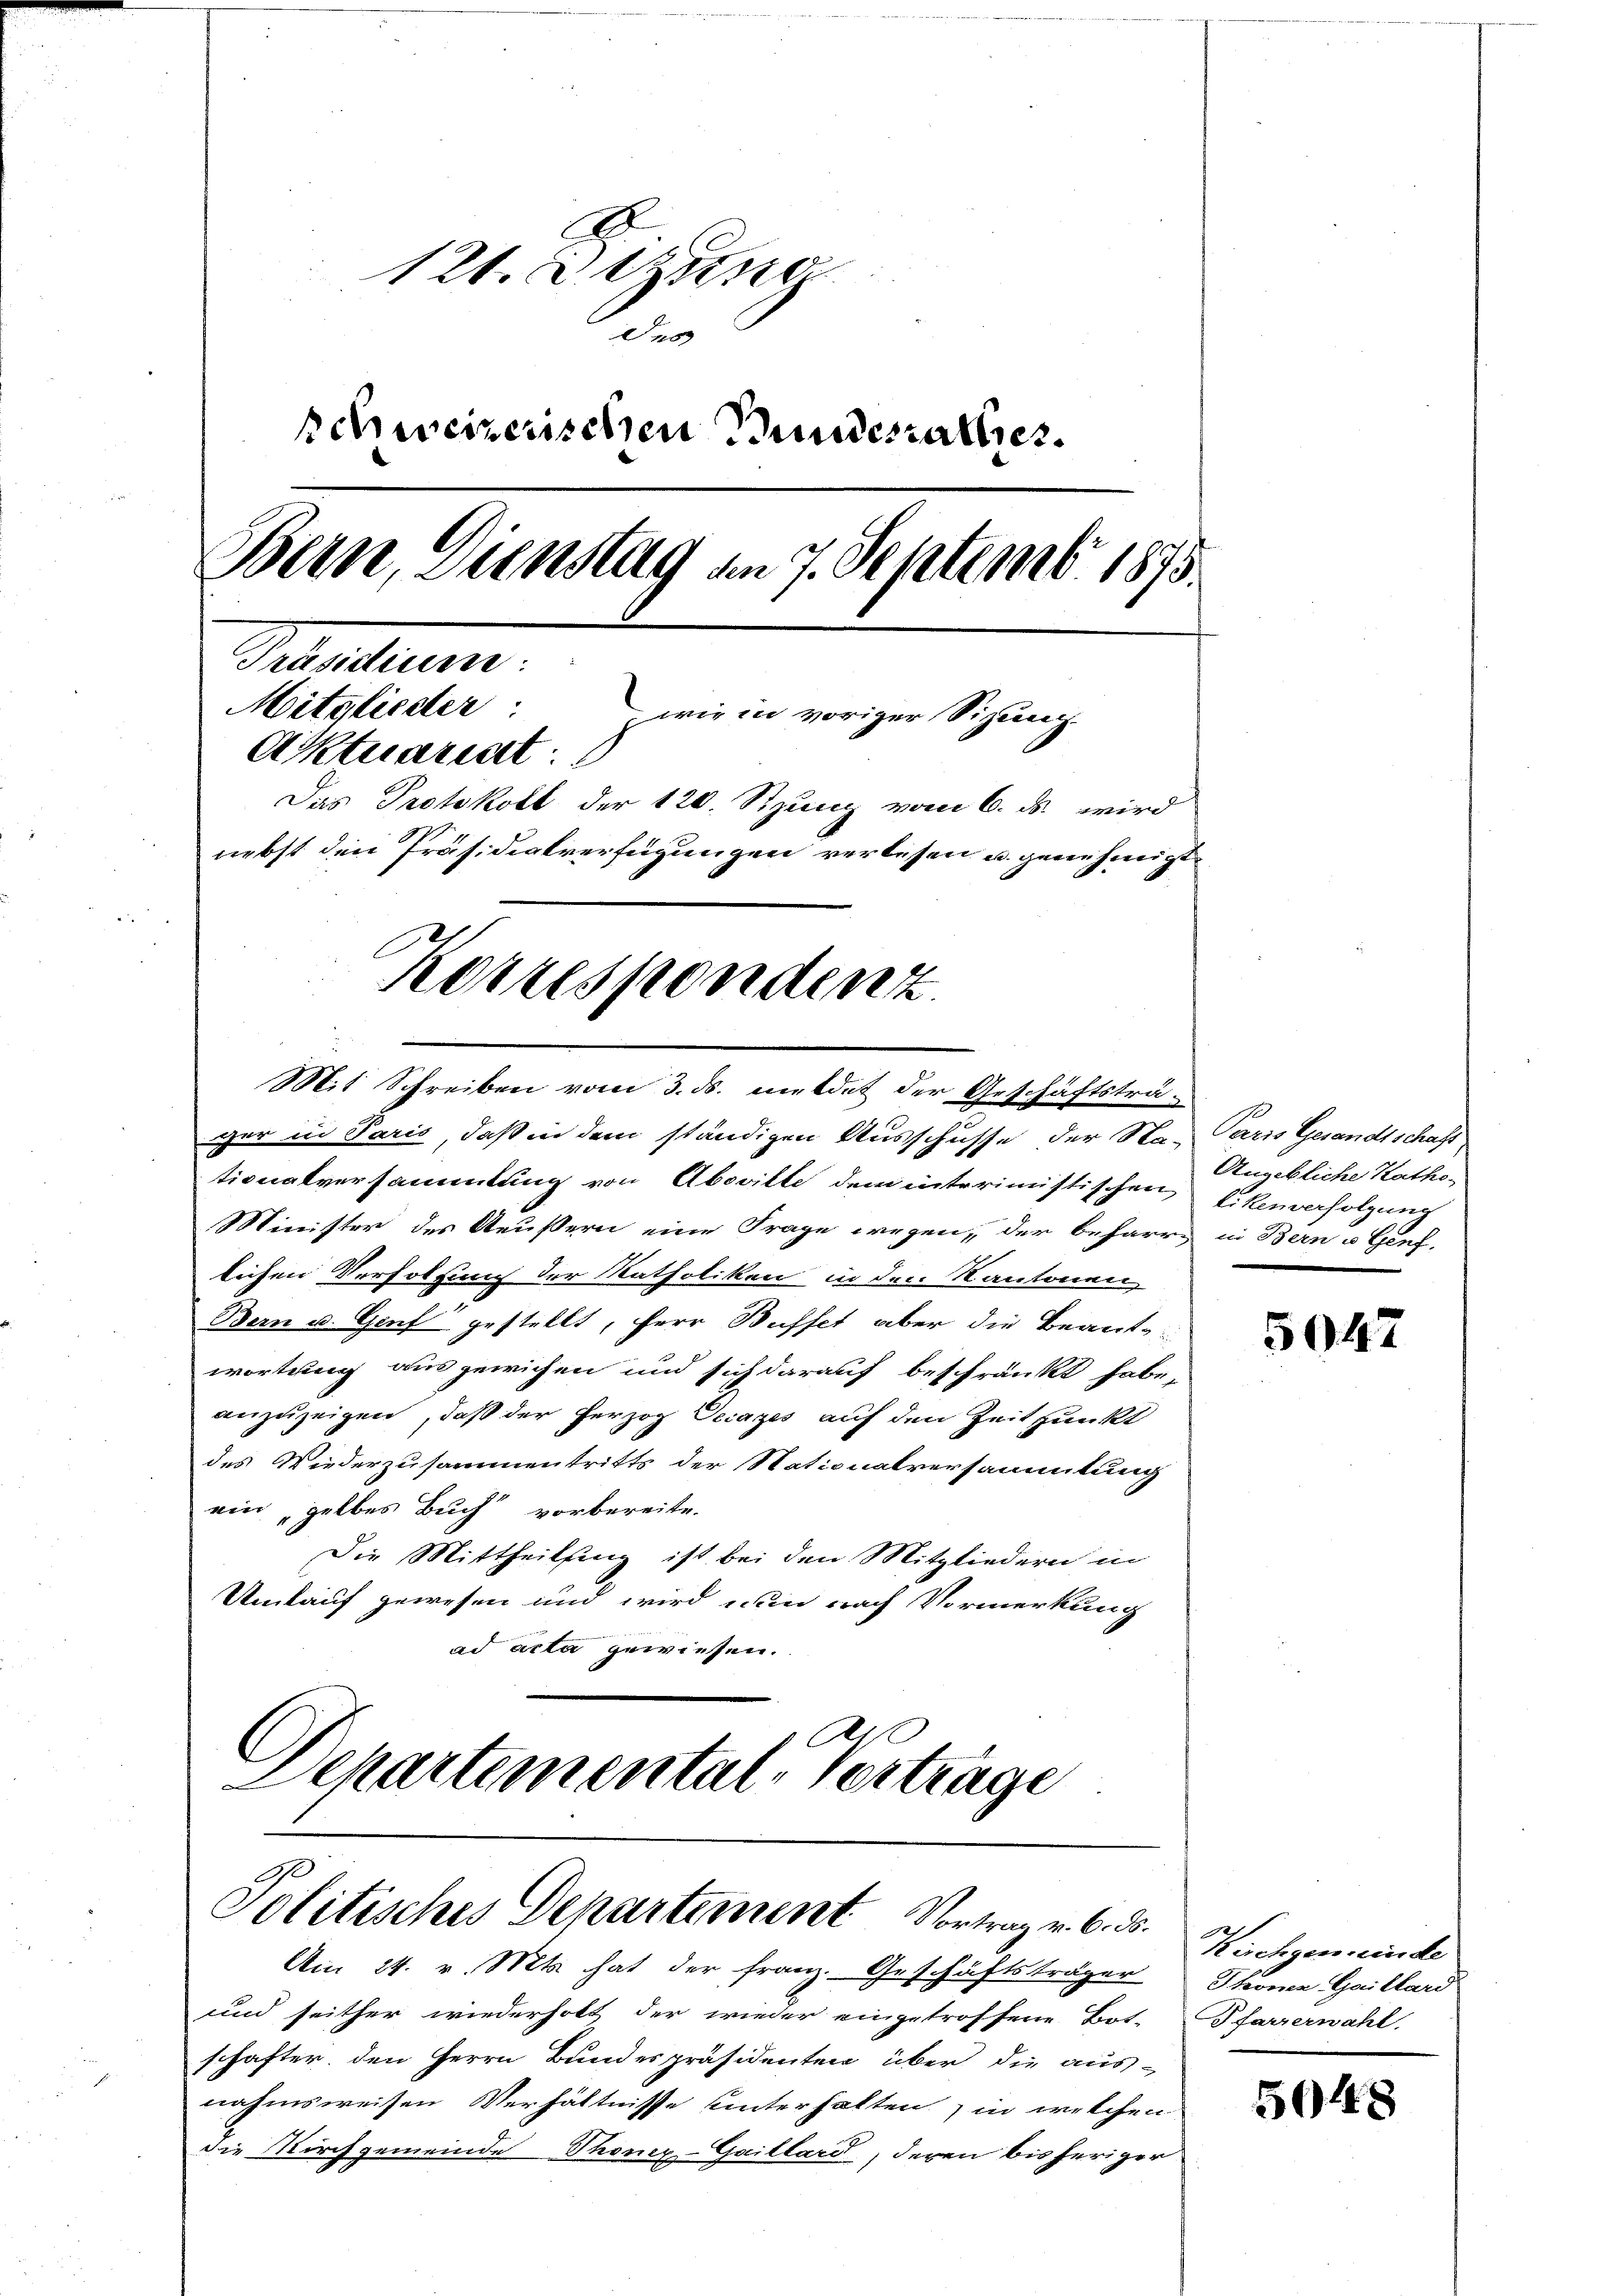
121. Atzun
des
schwerenischen Bundesrathes.
Bern, Zinstag am 7. Septemb. 1875.
Getretun
Mitgliester:
wie in voriger Sizung
Aktuariat
Das Protokoll der 120. Sizung vom 6. ds. wird
nebst den Präsidialverfügungen verlesen u. genehmigt

Korrespondent
Mit Schreiben vom 3. ds. meldet der Geschäftsträ-
ger in Paris, daß in dem ständigen Ausschusse der Sta-

tionalversammlung von Aboville dem interimistischen
Minister des Aeußern eine Frage wegen, der beharre
lichen Verfolgung der Katholiken in den Kantonen,
Bern u. Genf gestellt, Herr Buffet aber die Beantwortung ausgewichen und sich darauf beschränkt habe,
anzuzeigen, daß der Perzog Decazes auf den Zeitpunkt
des Wiederzusammentritts der Nationalversammtung
ein gelbes Buch vorbereite.
Die Mittheilung ist bei den Mitgliedern in
Umkauf gewesen und wird nun nach Vormerkung
ad acta gewiesen.
C
Departementale Verträge

Politisches Departement Vortrag v. 6. ds.

Am 24. v. Mts. hat der Franz. Geschäftsträger
und seither wiederholt der wieder eingetroffene Bot-
schafter, den Herrn Bundespräsidenten über die aus-
nahmsweisen Verhältnisse unterhalten, in welchen
die Kirchgemeinde Thonez-Gaillard, deren bisheriger

Paris Gesandtschaft
Angebliche Katho-
Likenverfolgung
in Bern u Genf,

5047

Kirchgemeinde
Thronen Gaillard
Pfarrerwahl.

5048